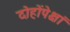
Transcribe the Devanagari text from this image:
दोहोंपेक्षां